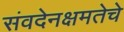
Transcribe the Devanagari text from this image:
संवदेनक्षमतेचे